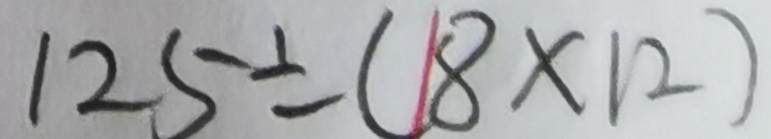
1 2 5 \div ( 1 8 \times 1 2 )